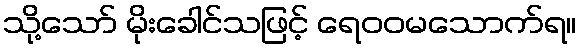
သို့သော် မိုးခေါင်သဖြင့် ရေဝဝမသောက်ရ။